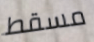
مسقط